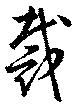
裁